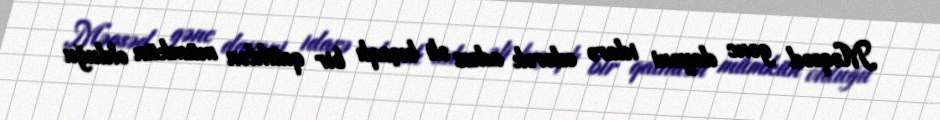
Məqsəd gənc dayəni idarə edərək adsız əli bıçaqlı bir qatildən mümkün olduğu